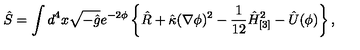
\hat { S } = \int d ^ { 4 } x \sqrt { - \hat { g } } e ^ { - 2 \phi } \left\{ \hat { R } + \hat { \kappa } ( \nabla \phi ) ^ { 2 } - \frac 1 { 1 2 } \hat { H } _ { [ 3 ] } ^ { 2 } - \hat { U } ( \phi ) \right\} ,